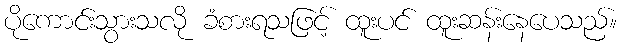
ပိုကောင်းသွားသလို ခံစားရသဖြင့် ထူးပင် ထူးဆန်းနေပေသည်။